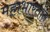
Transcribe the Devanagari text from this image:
महाभारतांत